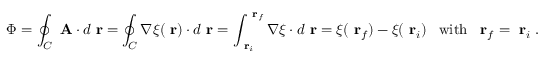
\Phi = \oint _ { C } \mathrm { \bf ~ A } \cdot d \mathrm { \bf ~ r } = \oint _ { C } \nabla \xi ( \mathrm { \bf ~ r } ) \cdot d \mathrm { \bf ~ r } = \int _ { \mathrm { \bf ~ r } _ { i } } ^ { \mathrm { \bf ~ r } _ { f } } \nabla \xi \cdot d \mathrm { \bf ~ r } = \xi ( \mathrm { \bf ~ r } _ { f } ) - \xi ( \mathrm { \bf ~ r } _ { i } ) \; \; \; \mathrm { w i t h } \; \; \mathrm { \bf ~ r } _ { f } = \mathrm { \bf ~ r } _ { i } \; .